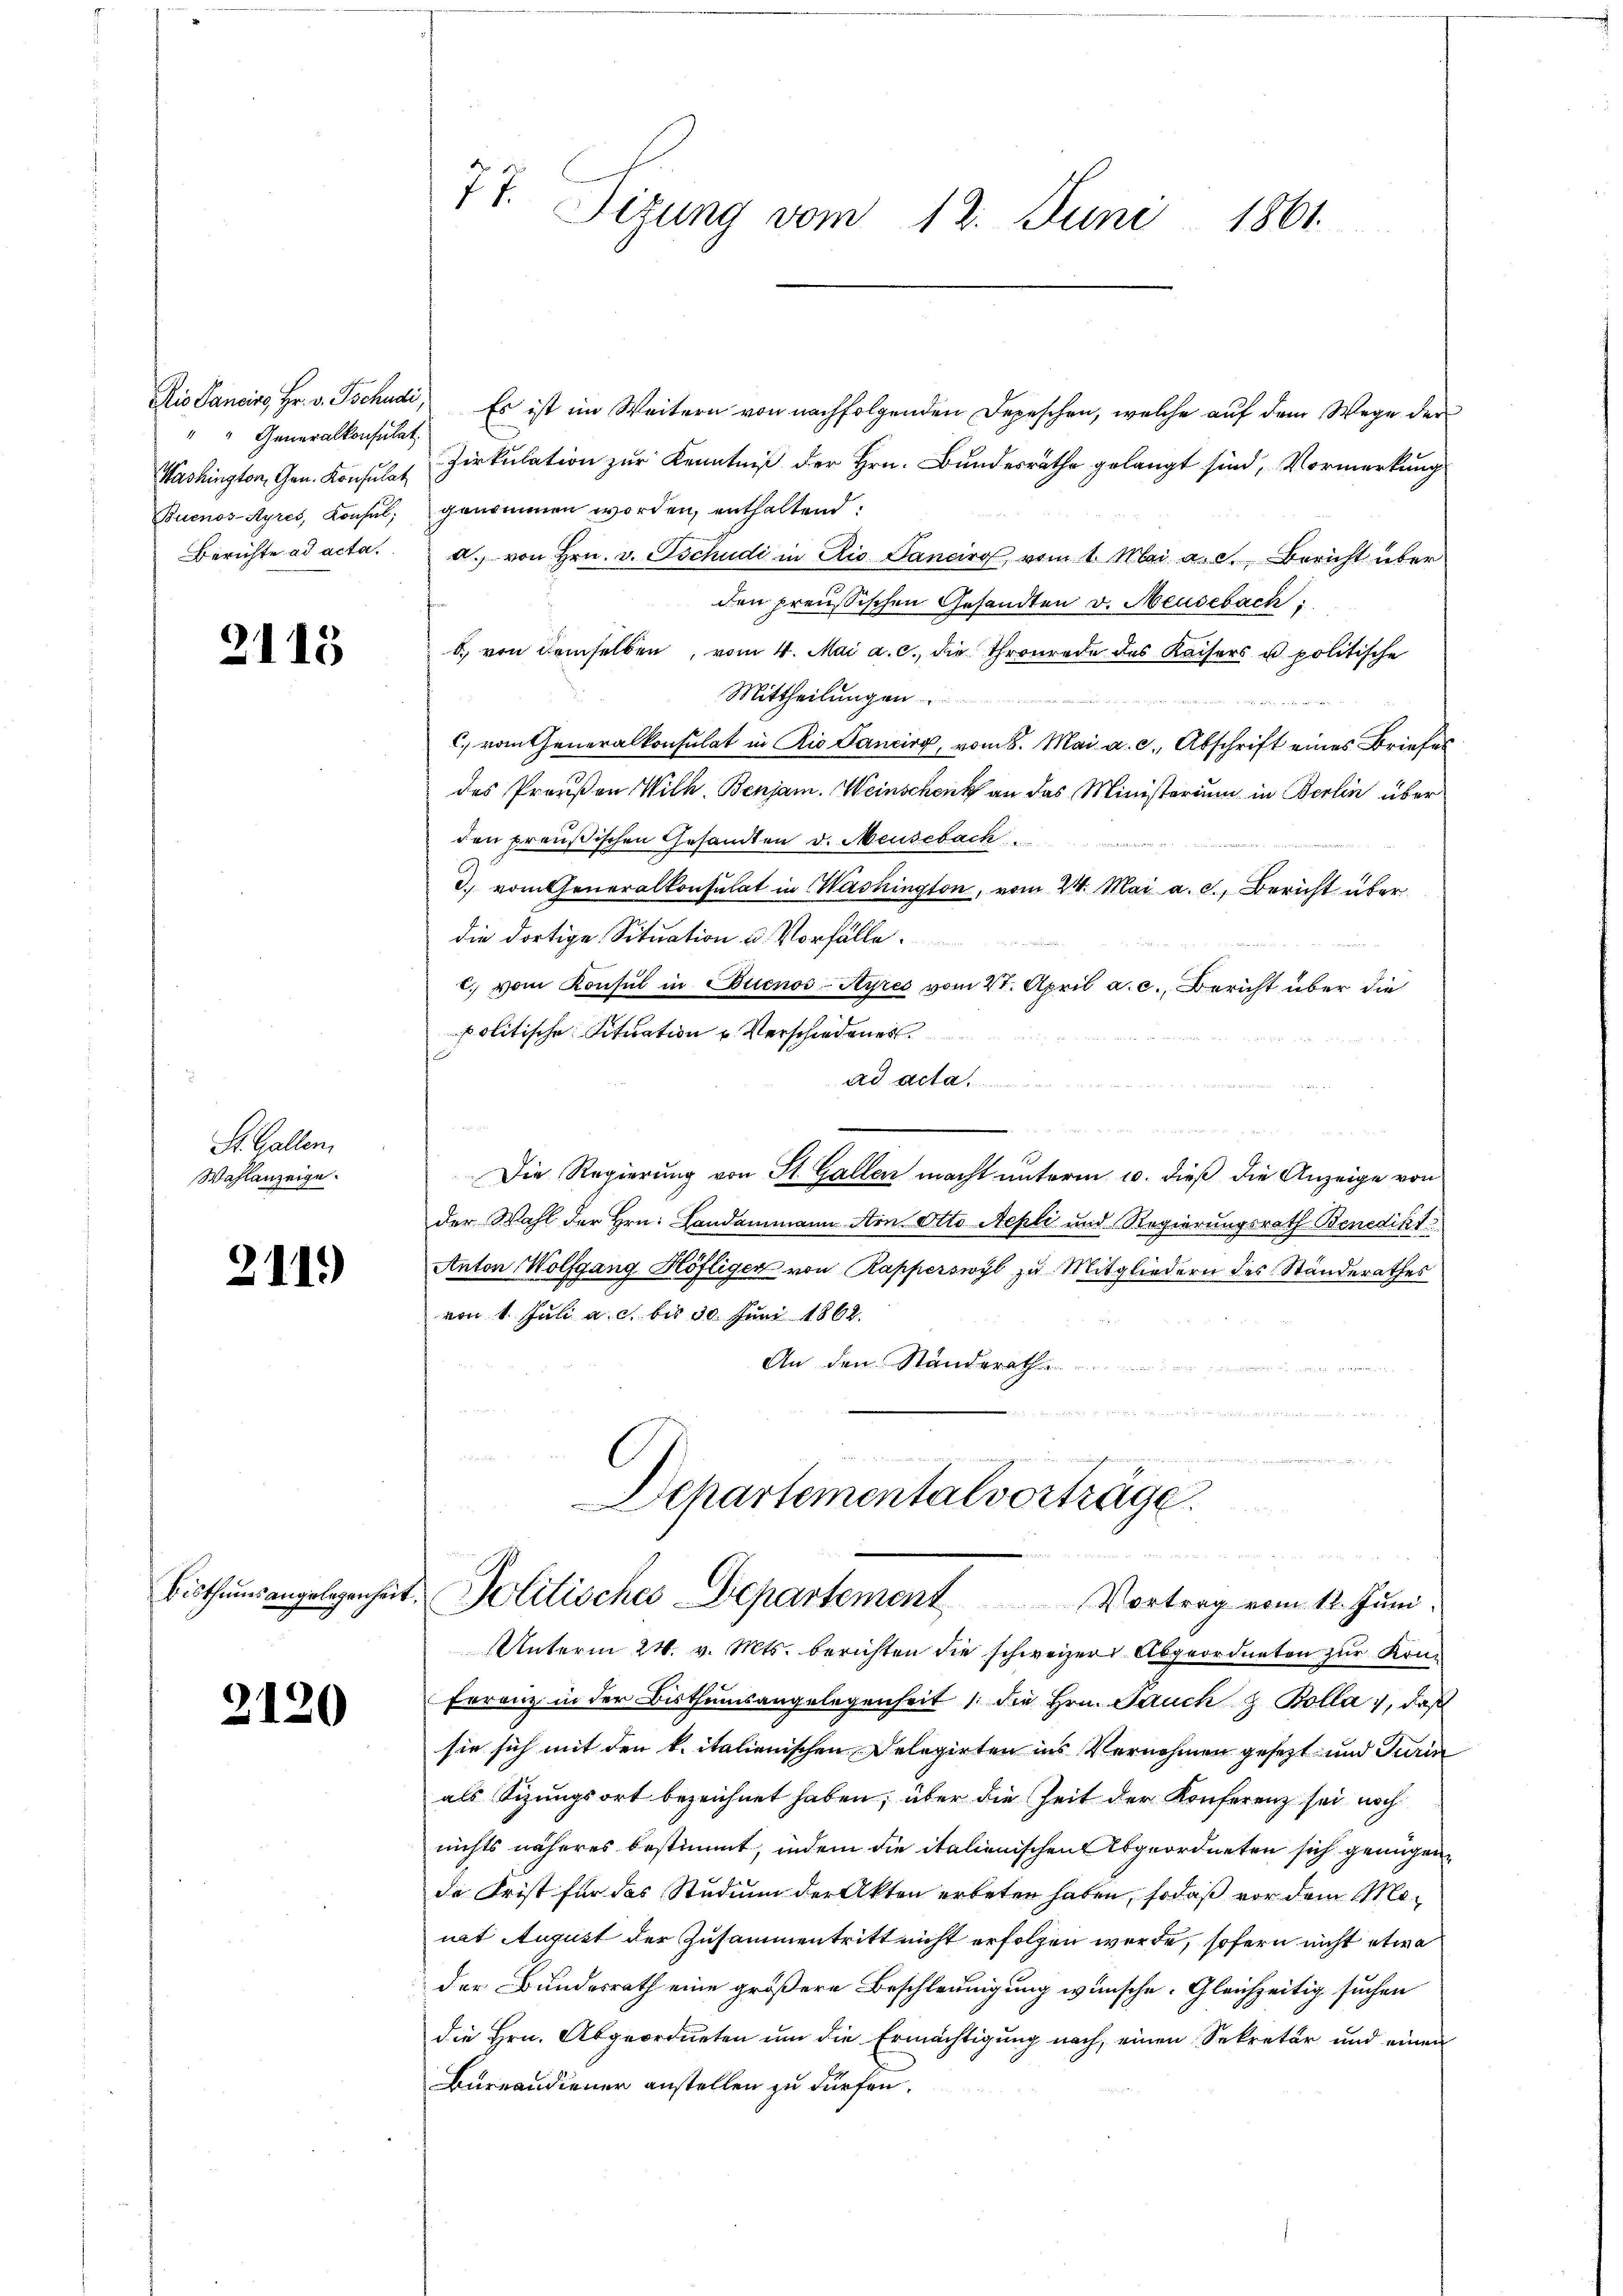
Dis Pancise, Hr. v. Tschudi,
" " Generalkonsulat
Washington, Gen. Konsulat
Buenos-Ayres, Konsul,
Berichte ad acta.

2115

St. Gallen.
Wahlanzeige.

211.)

2120

77. Sizung vom 12. Juni 1861.

Es ist im Weitern von nachfolgenden Depeschen, welche auf dem Wege der
Zirkulation zur Kenntniß der Hrn. Bundesräthe gelangt sind, Vormerkung
genommen worden, enthaltend:
a. von Hrn. v. Tschudi in Rio Sanciro vom 1. Mai a. c. Bericht über
den preußischen Gesandten v. Meusebach:
b. von demselben, vom 4. Mai a. c. die Thronrade des Kaisers u. politische
Mittheilungen
c. vom Generalkonsulat in Rio Sancirg, vom 8. Mai a. c. Abschrift eines Briefes
des Preußen Wilh. Benjam. Weinschenk an das Ministerium in Berlin über
den preußischen Gesandten v. Meuseback
d. vom Generalkonsulat in Washington, vom 24. Mai a. c., Bericht über
die dortige Situation u. Vorfälle.
c. vom Konsul in Euenos-Ayres vom 21. April a. c., Bericht über die
politische Situation u. Verschiedenes
Ad Acta
Die Regierung von St. Gallen macht unterm 10. dieß die Anzeige von
der Wahl der Hrn. Landammann Arn Otto Aepli und Regierungsrath Benedikt
Anton Wolfgang Höfligen von Rapperswyl zu Mitgliedern des Standerathes
von 1. Juli a. c. bis 30. Juni 1862.
An den Standerath

un
Departementalverträge.
e
1
Bisthums angelegenheit. Politisches Departement Vortrag vom 12. Juni:
UUnterm 24. v. Mts. berichten die schweizer Abgeordneten zur Kon¬
Frranz in der Bisthumsangelegenheit /: die Hrn. Pauch & Bolla, daß
sie sich mit den k. italienischen Delegirten ins Vernehmen gesetzt und Turin
als Sizungsort bezeichnet haben; über die Zeit der Konferenz sei noch
nichts näheres bestimmt, indem die italienischen Abgeordneten sich genügen,
de Frist für das Studium der Akten erbeten haben, sodaß vor dem Monat August der Zusammentritt nicht erfolgen werde, sofern nicht etwa
der Bundesrath eine größere Beschleunigung wünsche. Gleichzeitig suchen
die Hrn. Abgeordneten um die Ermächtigung nach, einen Sekretär und einen
Bureaudiener anstellen zu dürfen.